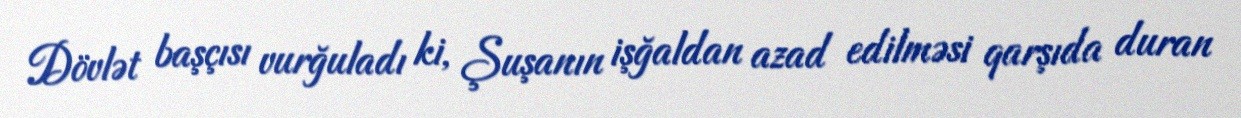
Dövlət başçısı vurğuladı ki, Şuşanın işğaldan azad edilməsi qarşıda duran